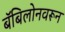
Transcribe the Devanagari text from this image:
बॅबिलोनवरून